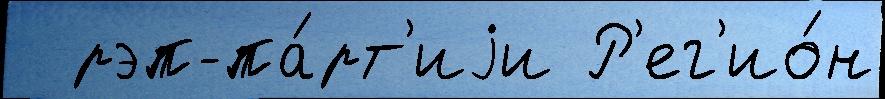
  рэп-па́рт'иjи Р'ег'ио́н